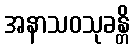
အနာသဝသုခန္တိ